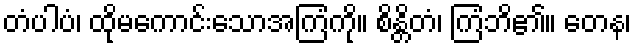
တံပါပံ၊ ထိုမကောင်းသောအကြံကို။ စိန္တိတံ၊ ကြံဘိ၏။ တေန၊